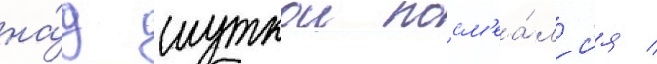
на́д шуткои посм'еа́лс'я /